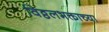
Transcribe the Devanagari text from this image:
विठ्ठलभक्ताच्या